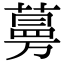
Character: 𦽦